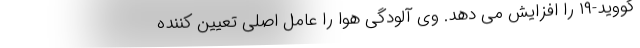
کووید-۱۹ را افزایش می دهد. وی آلودگی هوا را عامل اصلی تعیین کننده